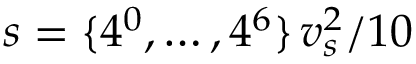
s = \{ 4 ^ { 0 } , \dots , 4 ^ { 6 } \} \, v _ { s } ^ { 2 } / 1 0